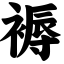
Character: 褥